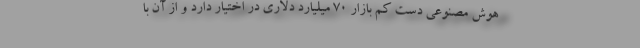
هوش مصنوعی دست کم بازار ۷۰ میلیارد دلاری در اختیار دارد و از آن با